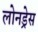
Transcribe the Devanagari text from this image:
लोनड्रेस